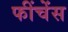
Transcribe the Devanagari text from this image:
फींचेंस